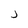
Character: J